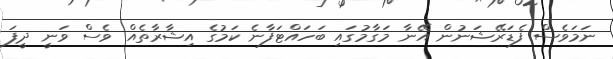
ނަމަވެސް ފެޑަރޭޝަނުން އޭނާ މަގާމުގައި ބަހައްޓަފާނެ ކަމުގެ އިޝާރާތެއް ވެސް ވަނީ ދީފަ